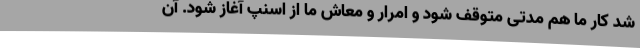
شد کار ما هم مدتی متوقف شود و امرار و معاش ما از اسنپ آغاز شود. آن